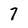
Character: 7